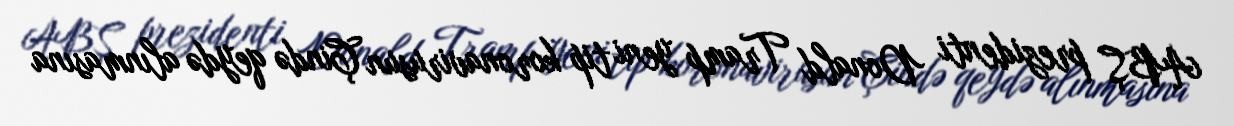
ABŞ prezidenti Donald Tramp yeni tip koronavirusun Çində qeydə alınmasına